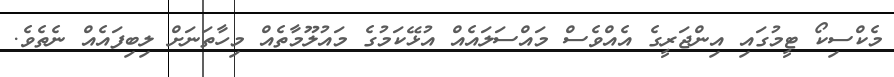
މެކްސިކޯ ޓީމުގައި އިންޖަރީގެ އެއްވެސް މައްސަލައެއް އުޅޭކަމުގެ މައުލޫމާތެއް މިހާތަނަށް ލިބިފައެއް ނެތެވެ.